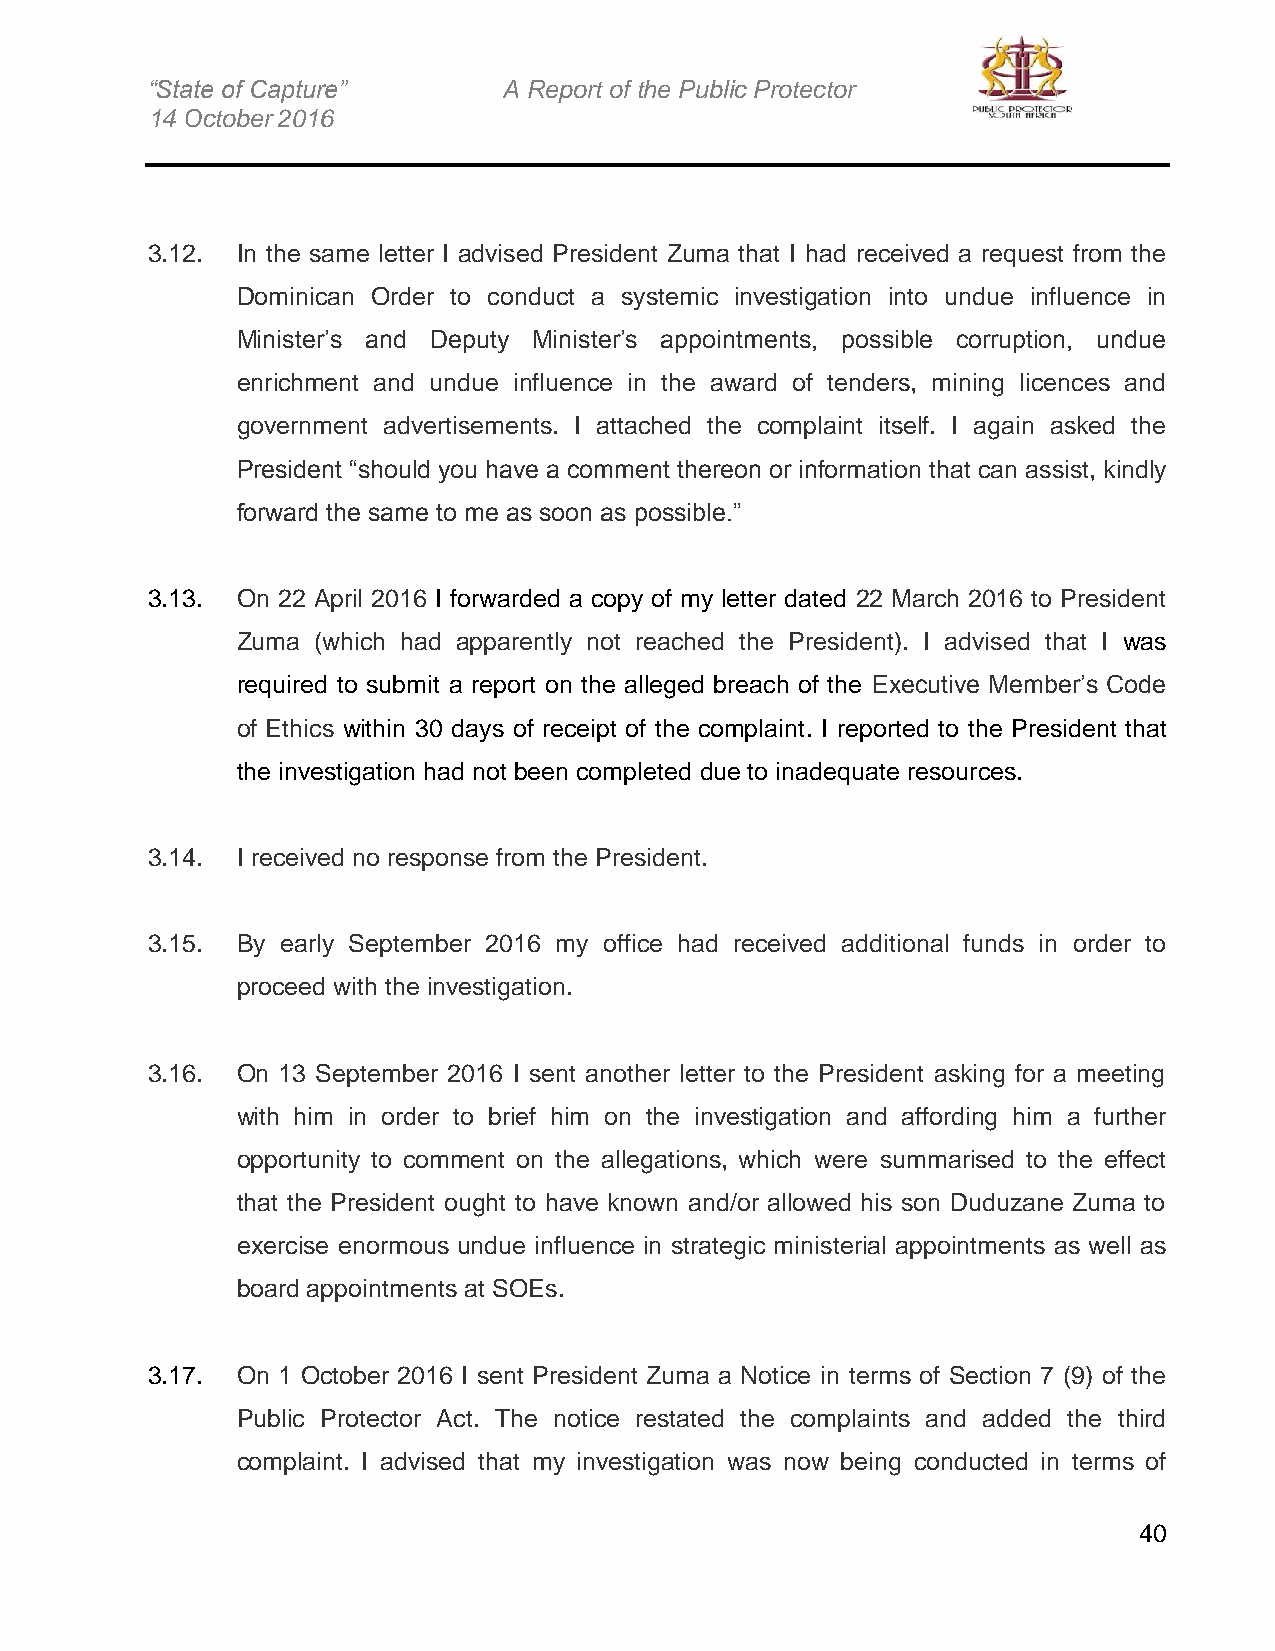
“State of Capture”     A Report of the Public Protector
 14 October 2016
 3.12. In the same letter I advised President Zuma that I had received a request from the
 Dominican Order to conduct a systemic investigation into undue influence in
 Minister’s and Deputy Minister’s appointments, possible corruption, undue
 enrichment and undue influence in the award of tenders, mining licences and
 government advertisements. I attached the complaint itself. I again asked the
 President “should you have a comment thereon or information that can assist, kindly
 forward the same to me as soon as possible.”
 3.13. On 22 April 2016 I forwarded a copy of my letter dated 22 March 2016 to President
 Zuma (which had apparently not reached the President). I advised that I was
 required to submit a report on the alleged breach of the Executive Member’s Code
 of Ethics within 30 days of receipt of the complaint. I reported to the President that
 the investigation had not been completed due to inadequate resources.
 3.14. I received no response from the President.
 3.15. By early September 2016 my office had received additional funds in order to
 proceed with the investigation.
 3.16. On 13 September 2016 I sent another letter to the President asking for a meeting
 with him in order to brief him on the investigation and affording him a further
 opportunity to comment on the allegations, which were summarised to the effect
 that the President ought to have known and/or allowed his son Duduzane Zuma to
 exercise enormous undue influence in strategic ministerial appointments as well as
 board appointments at SOEs.
 3.17. On 1 October 2016 I sent President Zuma a Notice in terms of Section 7 (9) of the
 Public Protector Act. The notice restated the complaints and added the third
 complaint. I advised that my investigation was now being conducted in terms of
 40